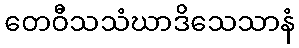
တေဝီသသံဃာဒိသေသာနံ